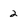
Character: 2